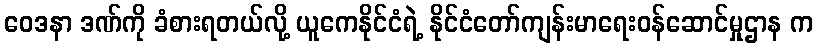
ဝေဒနာ ဒဏ်ကို ခံစားရတယ်လို့ ယူကေနိုင်ငံရဲ့ နိုင်ငံတော်ကျန်းမာရေးဝန်ဆောင်မှုဌာန က